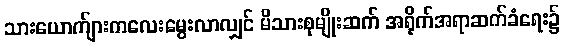
သားယောက်ျားကလေးမွေးလာလျှင် မိသားစုမျိုးဆက် အရိုက်အရာဆက်ခံရေး၌